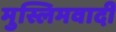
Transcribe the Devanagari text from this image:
मुस्लिमवादी